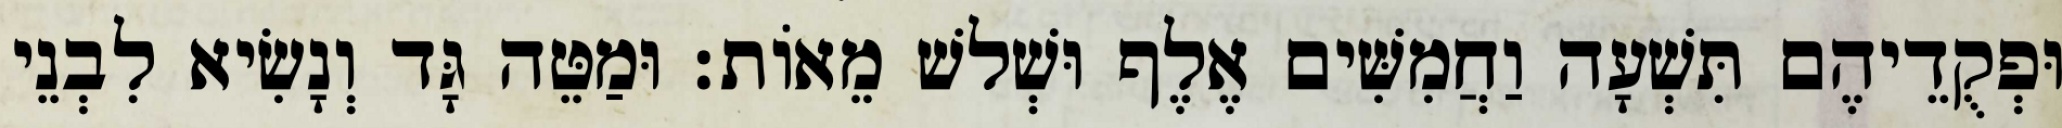
וּפְקֻדֵיהֶם תִּשְׁעָה וַחֲמִשִּׁים אֶלֶף וּשְׁלשׁ מֵאוֹת׃ וּמַטֵּה גָּד וְנָשִׂיא לִבְנֵי